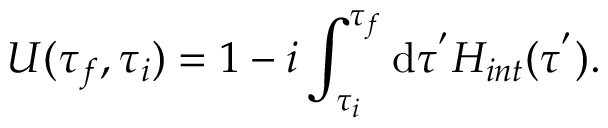
U ( \tau _ { f } , \tau _ { i } ) = 1 - i \int _ { \tau _ { i } } ^ { \tau _ { f } } \mathrm { d } \tau ^ { ' } H _ { i n t } ( \tau ^ { ' } ) .